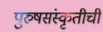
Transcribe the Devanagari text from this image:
पुरुषसंस्कृतीची